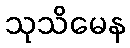
သုသိမေန